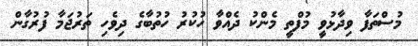
މުސްތަފާ ވިދާޅުވީ މުފްތީ މެންކު ދެއްވާ ހުކުރު ހުތުބާގެ ދިވެހި ތަރުޖަމާ ފުރުގާން